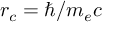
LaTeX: r _ { c } = \hbar / m _ { e } c